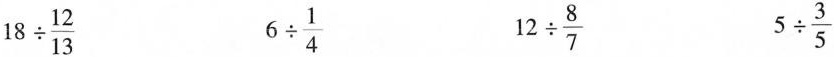
$$18 \div \frac{12}{13}$$ $$6 \div \frac{1}{4}$$ $$12 \div \frac{8}{7}$$ $$5 \div \frac{3}{5}$$